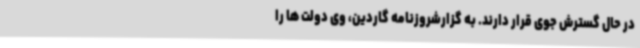
در حال گسترش جوی قرار دارند. به گزارشروزنامه گاردین، وی دولت ها را